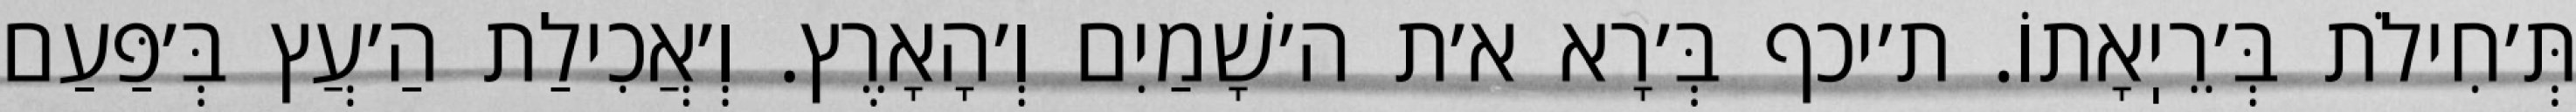
תְּ׳חִילֹת בְּ׳רֵיֽאָתוֹ. ת׳יכף בְּ׳רָא א׳ת ה׳שָׁמַיִם וְ׳הָאָרֶץ. וְ׳אֲכִילַת הַ׳עֲץ בְּ׳פַּעַם